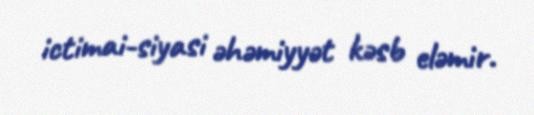
ictimai-siyasi əhəmiyyət kəsb eləmir.